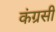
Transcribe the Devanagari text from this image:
कंग्रसी